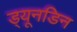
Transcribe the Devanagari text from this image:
ड्यूनडिन